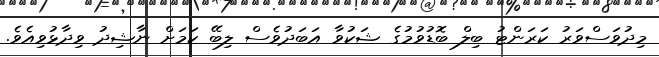
މިދުވަސްވަރު ކަރަންޓު ބިލް ބޮޑުވުމުގެ ޝަކުވާ އަބަދުވެސް ލިބޭ ކަމަށް ނާޝިދު ވިދާޅުވިއެވެ.